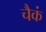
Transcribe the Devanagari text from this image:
चैकं